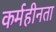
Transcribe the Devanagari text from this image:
कर्महीनता